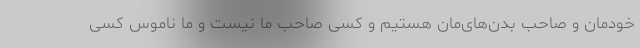
خودمان و صاحب بدن‌های‌مان هستیم و کسی صاحب ما نیست و ما ناموس کسی